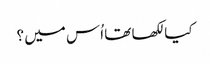
کیا لکھا تھا اُس میں ؟